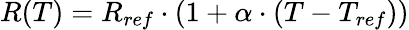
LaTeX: \begin{array}{r}{R(T)=R_{ref}\cdot(1+\alpha\cdot(T-T_{ref}))}\end{array}